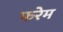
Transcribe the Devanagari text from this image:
फरेम